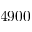
4 9 0 0